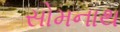
સોમનાથ